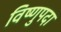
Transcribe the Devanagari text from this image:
विष्‍णुपदा